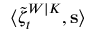
\langle \tilde { \zeta } _ { t } ^ { W | K } , \mathbf { s } \rangle